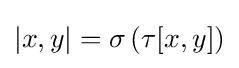
|x,y|=\sigma \left(\tau [x,y]\right)